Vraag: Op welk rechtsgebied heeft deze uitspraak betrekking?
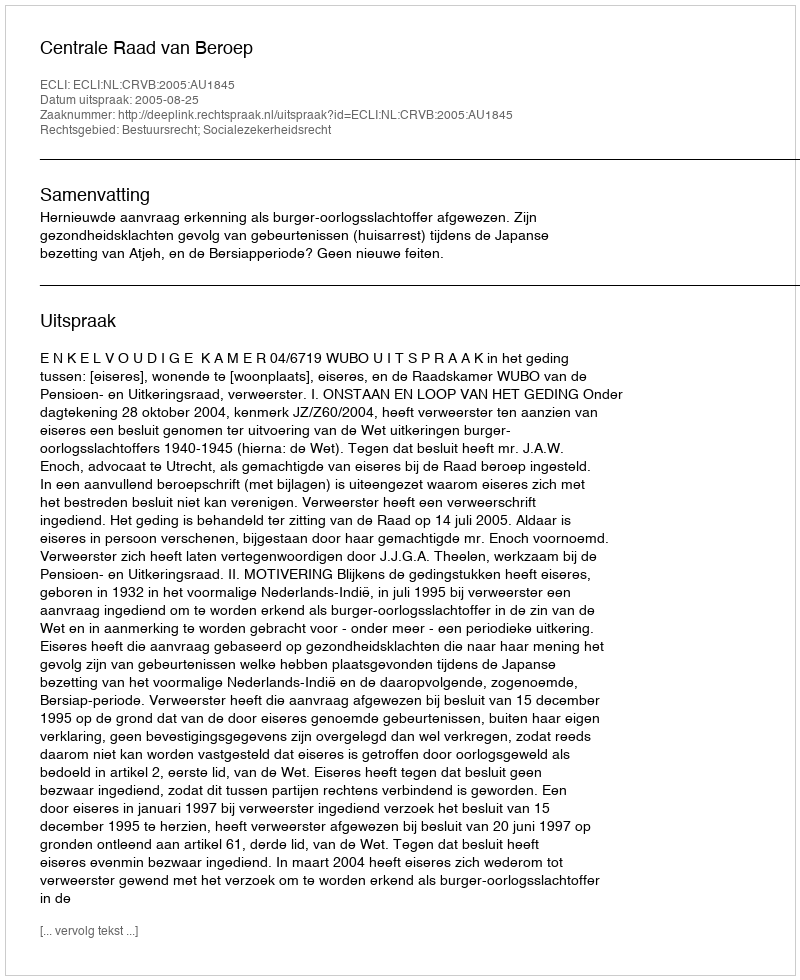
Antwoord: Bestuursrecht; Socialezekerheidsrecht